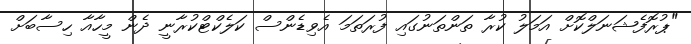
"ޕުރޮފެޝަނަލްކޮށް އަމަލު ކުރާ ތަންތަނުގައި ފުރަތަމަ އެވިޑެންސް ކަލެކްޓްކުރާނީ ދެން މީހާއާ ހިސާބަށް